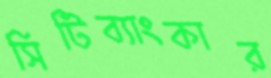
সিটিব্যাংকার